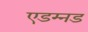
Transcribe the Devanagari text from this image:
एडम्नड